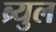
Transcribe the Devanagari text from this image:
ब्र्युल